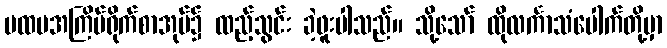
ပထမအကြိမ်ရိုက်စာအုပ်၌ ထည့်သွင်း ခဲ့ဖူးပါသည်။ သို့သော် ထိုလင်္ကာသံပေါက်တို့မှာ